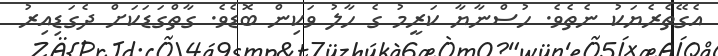
އެގޭތެރެޔަކު ނެތެވެ. ހުސްނާޔާ ކަރީމު ގެ ހާލު ވަކިން ބޮޑެވެ. ގާތްގަޑަކަށް ދެގަޑިއިރު